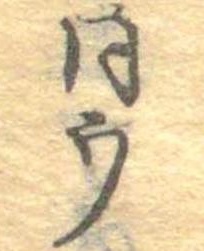
同ウ